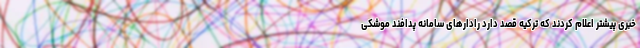
خبری پیشتر اعلام کردند که ترکیه قصد دارد رادارهای سامانه پدافند موشکی